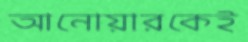
আনোয়ারকেই